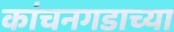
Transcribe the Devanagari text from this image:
कांचनगडाच्या